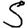
Digit: 5